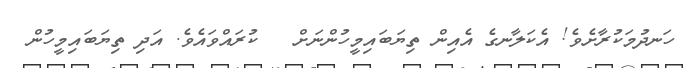
ހަނދުމަކުރާށެވެ! އެކަލާނގެ އެއިން ތިޔަބައިމީހުންނަށް   ކުރައްވައެވެ. އަދި ތިޔަބައިމީހުން